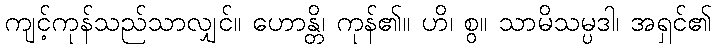
ကျင့်ကုန်သည်သာလျှင်။ ဟောန္တိ၊ ကုန်၏။ ဟိ၊ စွ။ သာမိသမ္ပဒါ၊ အရှင်၏